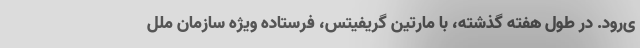
ی‌رود. در طول هفته گذشته، با مارتین گریفیتس، فرستاده ویژه سازمان ملل